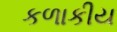
કળાકીય